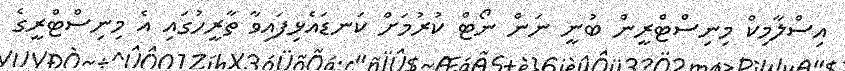
އިސްލާމިކް މިނިސްޓްރީން ބުނީ ނަން ނޯޓް ކުރުމަށް ކަނޑައެޅިފައިވާ ތާރީހުގައި އެ މިނިސްޓްރީގެ